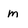
Character: m